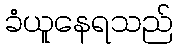
ခံယူနေရသည်